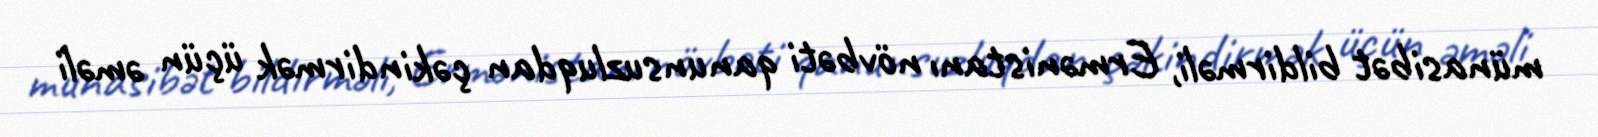
münasibət bildirməli, Ermənistanı növbəti qanunsuzluqdan çəkindirmək üçün əməli